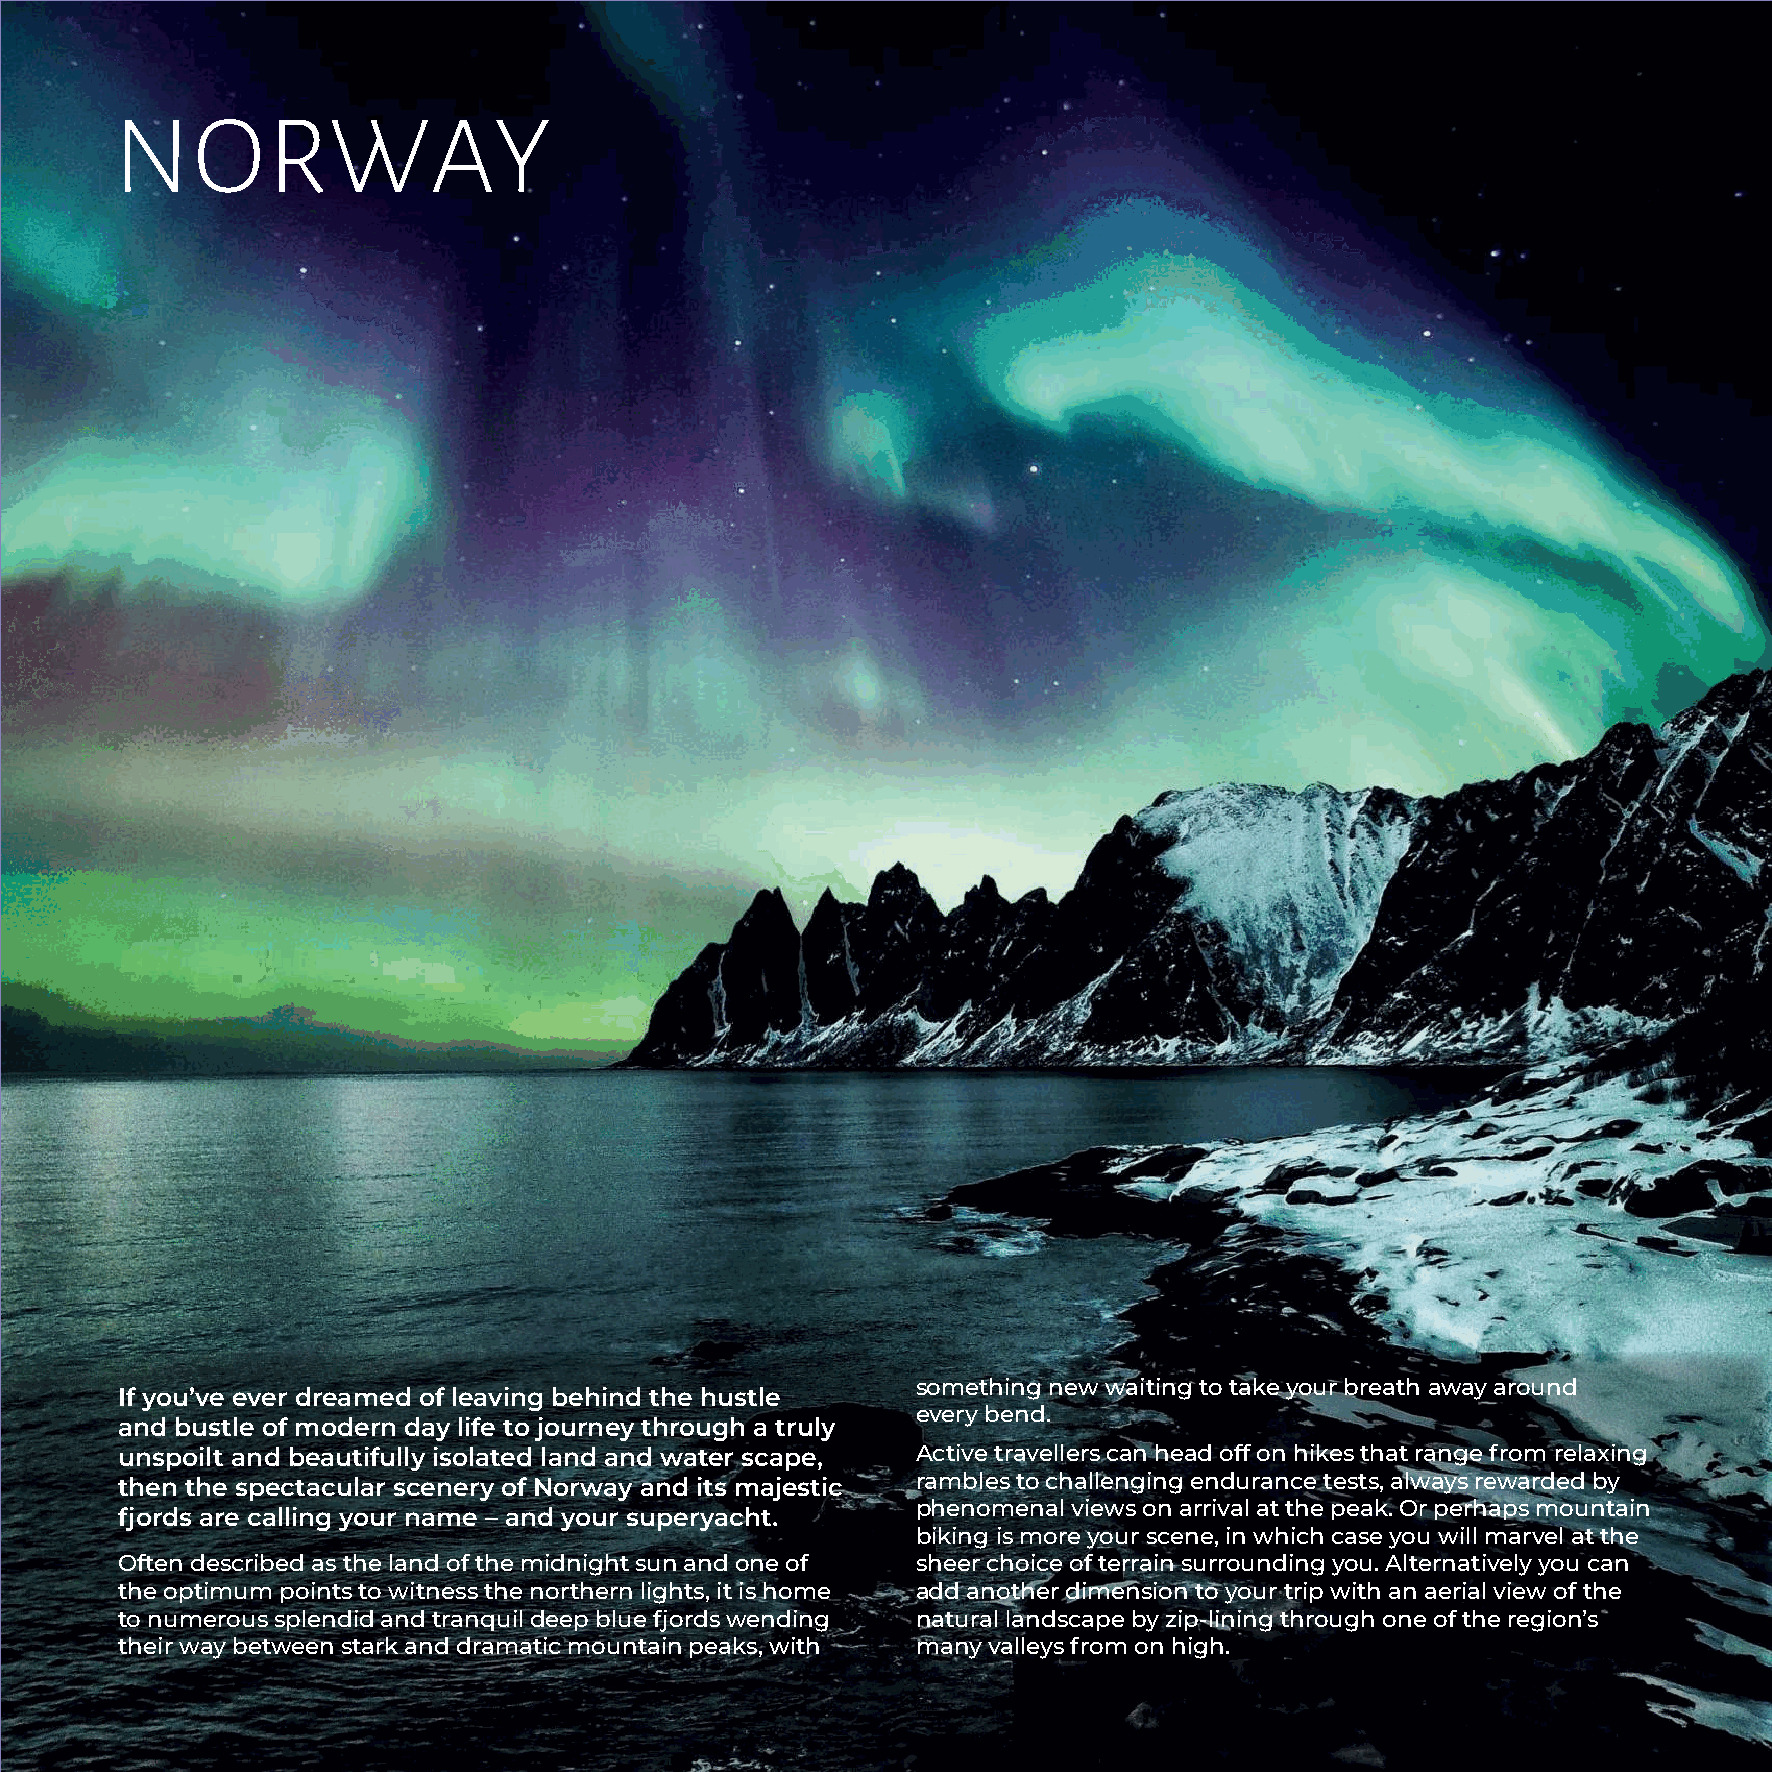
NORWAY
 Xxxxxxx
 Xxxxxxxxx
 something new waiting to take your breath away around
 If you’ve ever dreamed of leaving behind the hustle
 every bend.
 and bustle of modern day life to journey through a truly
 unspoilt and beautifully isolated land and water scape, Active travellers can head off on hikes that range from relaxing
 then the spectacular scenery of Norway and its majestic rambles to challenging endurance tests, always rewarded by
 phenomenal views on arrival at the peak. Or perhaps mountain
 fjords are calling your name – and your superyacht.
 biking is more your scene, in which case you will marvel at the
 Often described as the land of the midnight sun and one of sheer choice of terrain surrounding you. Alternatively you can
 the optimum points to witness the northern lights, it is home add another dimension to your trip with an aerial view of the
 to numerous splendid and tranquil deep blue fjords wending natural landscape by zip-lining through one of the region’s
 their way between stark and dramatic mountain peaks, with many valleys from on high.
 80